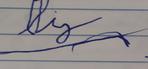
Signature authenticity: forged